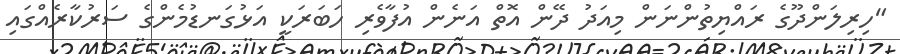
"ހިރިލަންދޫގެ ރައްޔިތުންނަން މިއަދު ދޭން އޮތް އަނެން އުފާވެރި ހަބަރަކީ އަޅުގަނޑުމެންގެ ސަރުކާރެއްގައި